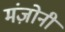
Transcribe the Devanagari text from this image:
मंज़ोनी